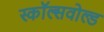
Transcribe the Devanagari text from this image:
स्कॉल्सवोल्ड